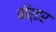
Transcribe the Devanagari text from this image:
बाॅर्डर